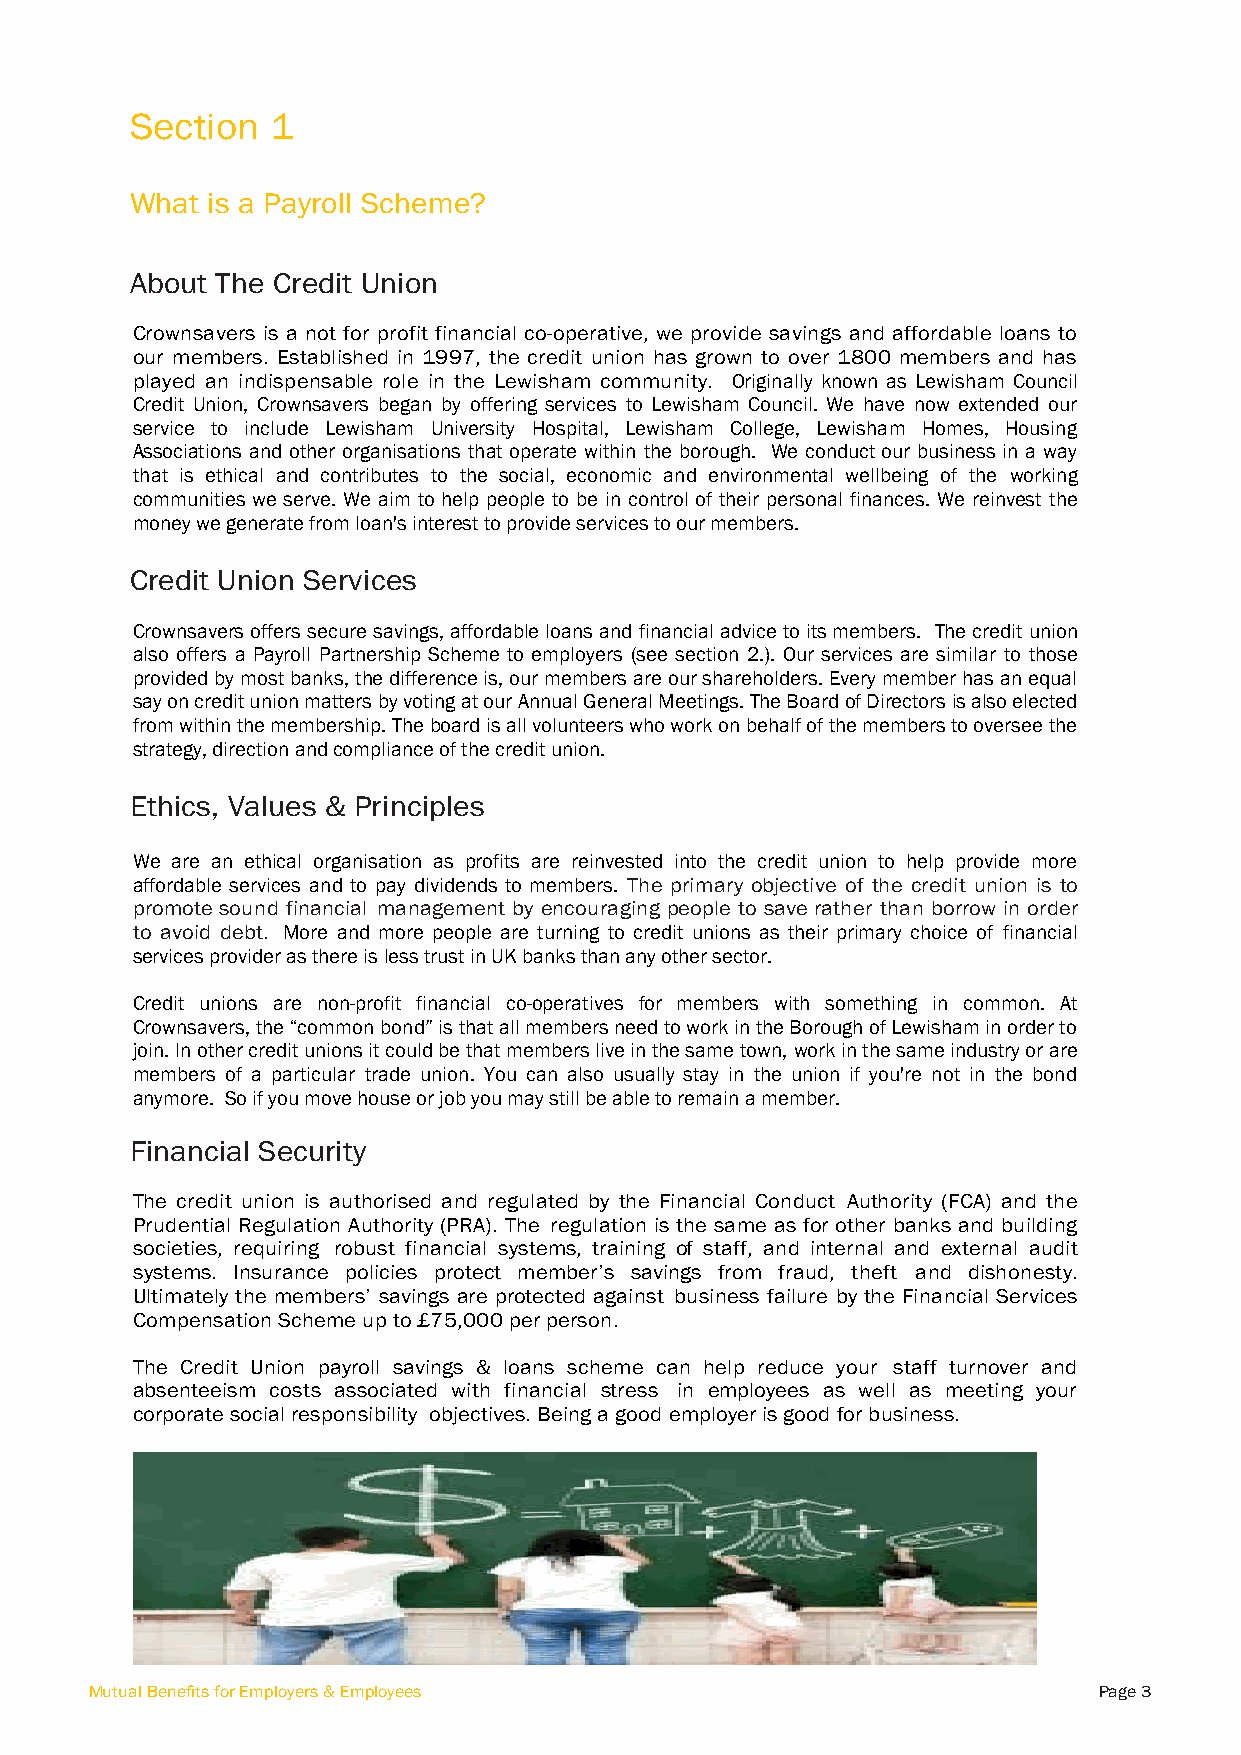
Section  1
 What is a Payroll Scheme?
 About The Credit Union
 Crownsavers is a not for profit financial co-operative, we provide savings and affordable loans to
 our members. Established in 1997, the credit union has grown to over 1800 members and has
 played an indispensable role in the Lewisham community. Originally known as Lewisham Council
 Credit Union, Crownsavers began by offering services to Lewisham Council. We have now extended our
 service to include Lewisham University Hospital, Lewisham College, Lewisham Homes, Housing
 Associations and other organisations that operate within the borough. We conduct our business in a way
 that is ethical and contributes to the social, economic and environmental wellbeing of the working
 communities we serve. We aim to help people to be in control of their personal finances. We reinvest the
 money we generate from loan's interest to provide services to our members.
 Credit Union Services
 Crownsavers offers secure savings, affordable loans and financial advice to its members. The credit union
 also offers a Payroll Partnership Scheme to employers (see section 2.). Our services are similar to those
 provided by most banks, the difference is, our members are our shareholders. Every member has an equal
 say on credit union matters by voting at our Annual General Meetings. The Board of Directors is also elected
 from within the membership. The board is all volunteers who work on behalf of the members to oversee the
 strategy, direction and compliance of the credit union.
 Ethics, Values & Principles
 We are an ethical organisation as profits are reinvested into the credit union to help provide more
 affordable services and to pay dividends to members. The primary objective of the credit union is to
 promote sound financial management by encouraging people to save rather than borrow in order
 to avoid debt. More and more people are turning to credit unions as their primary choice of financial
 services provider as there is less trust in UK banks than any other sector.
 Credit unions are non-profit financial co-operatives for members with something in common. At
 Crownsavers, the “common bond” is that all members need to work in the Borough of Lewisham in order to
 join. In other credit unions it could be that members live in the same town, work in the same industry or are
 members of a particular trade union. You can also usually stay in the union if you're not in the bond
 anymore. So if you move house or job you may still be able to remain a member.
 Financial Security
 The credit union is authorised and regulated by the Financial Conduct Authority (FCA) and the
 Prudential Regulation Authority (PRA). The regulation is the same as for other banks and building
 societies, requiring robust financial systems, training of staff, and internal and external audit
 systems. Insurance policies protect member’s savings from fraud, theft and dishonesty.
 Ultimately the members’ savings are protected against business failure by the Financial Services
 Compensation Scheme up to £75,000 per person.
 The Credit Union payroll savings & loans scheme can help reduce your staff turnover and
 absenteeism costs associated with financial stress in employees as well as meeting your
 corporate social responsibility objectives. Being a good employer is good for business.
 Mutual Benefits for Employers & Employees                          Page 3